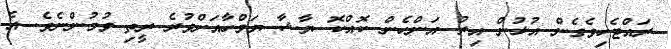
ރައްޓެހިވެގެން އުޅުން އިރު އަންހެން ކޮއްކޮ ޔާޝާ ޔަމްހާއަށްވުރެ ރީތި ވުމުންނެވެ. އެ